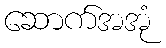
ဆောက်အအုံ